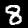
Label: 8